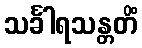
သင်္ခါရသန္တတိံ